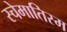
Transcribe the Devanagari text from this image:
स्चेमातिस्म